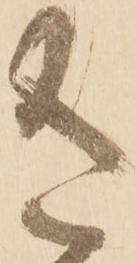
有